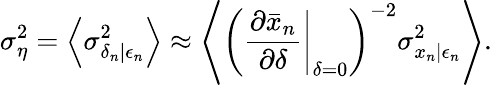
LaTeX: \sigma_{\eta}^{2}=\left\langle\sigma_{\delta_{n}|\epsilon_{n}}^{2}\right\rangle\approx\left\langle\left(\left.\frac{\partial\bar{x}_{n}}{\partial\delta}\right|_{\delta=0}\right)^{-2}\sigma_{x_{n}|\epsilon_{n}}^{2}\right\rangle.